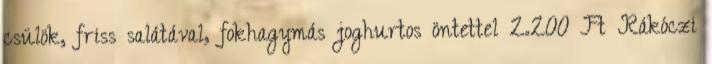
csülök, friss salátával, fokhagymás joghurtos öntettel 2.200 Ft Rákóczi